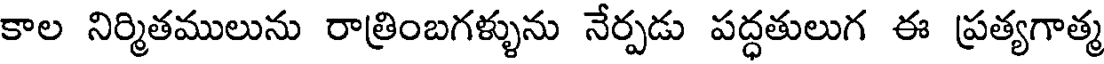
కాల నిర్మితములును రాత్రింబగళ్ళును నేర్పడు పద్ధతులుగ ఈ ప్రత్యగాత్మ